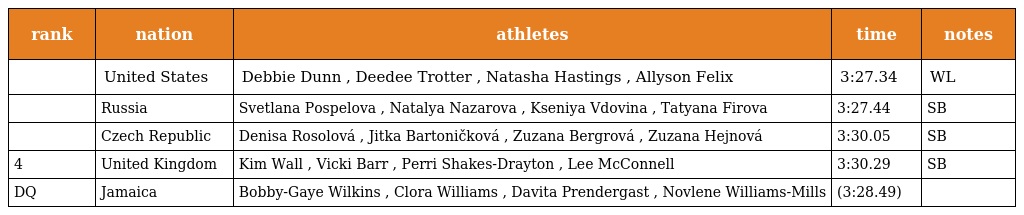
| rank | nation | athletes | time | notes |
 | --- | --- | --- | --- | --- |
 |  | United States | Debbie Dunn , Deedee Trotter , Natasha Hastings , Allyson Felix | 3:27.34 | WL |
 |  | Russia | Svetlana Pospelova , Natalya Nazarova , Kseniya Vdovina , Tatyana Firova | 3:27.44 | SB |
 |  | Czech Republic | Denisa Rosolová , Jitka Bartoničková , Zuzana Bergrová , Zuzana Hejnová | 3:30.05 | SB |
 | 4 | United Kingdom | Kim Wall , Vicki Barr , Perri Shakes-Drayton , Lee McConnell | 3:30.29 | SB |
 | DQ | Jamaica | Bobby-Gaye Wilkins , Clora Williams , Davita Prendergast , Novlene Williams-Mills | (3:28.49) |  |